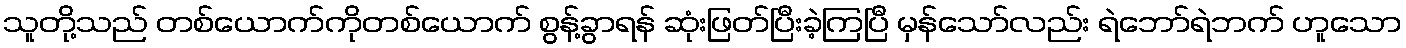
သူတို့သည် တစ်ယောက်ကိုတစ်ယောက် စွန့်ခွာရန် ဆုံးဖြတ်ပြီးခဲ့ကြပြီ မှန်သော်လည်း ရဲဘော်ရဲဘက် ဟူသော